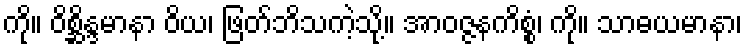
ကို။ ဝိစ္ဆိန္ဒမာနာ ဝိယ၊ ဖြတ်ဘိသကဲ့သို့။ အာဝဇ္ဇနကိစ္စံ၊ ကို။ သာဓယမာနာ၊